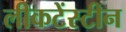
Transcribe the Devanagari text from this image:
लीकटेंस्टीन